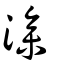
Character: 滲